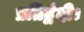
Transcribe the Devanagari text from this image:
प्रतिद्वंदी।